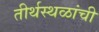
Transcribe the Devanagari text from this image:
तीर्थस्थळांची